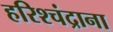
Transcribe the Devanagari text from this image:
हरिश्चंद्राना